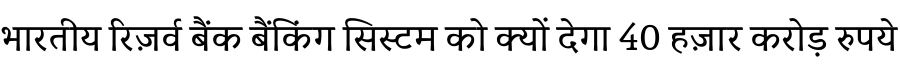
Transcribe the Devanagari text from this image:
भारतीय रिज़र्व बैंक बैंकिंग सिस्टम को क्यों देगा 40 हज़ार करोड़ रुपये